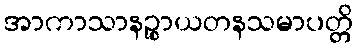
အာကာသာနဉ္စာယတနသမာပတ္တိ